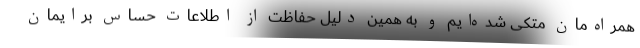
همراه‌مان متکی شده‌ایم و به همین دلیل حفاظت از اطلاعات حساس برایمان